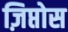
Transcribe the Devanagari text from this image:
ज़िप्तोस